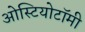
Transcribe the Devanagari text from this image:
ओस्टियोटॉमी